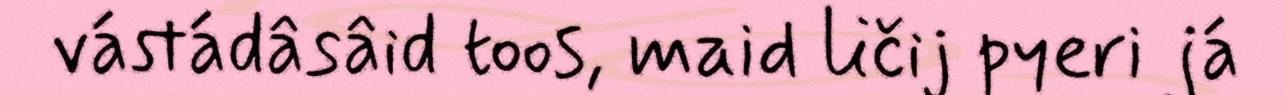
vástádâsâid toos, maid ličij pyeri já